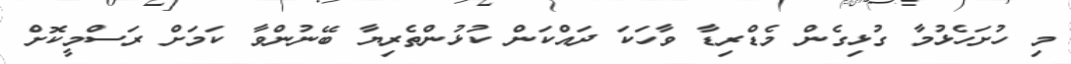
މި ހުށަހެޅުމާ ގުޅިގެން މެޑްރިޑާ ވާހަކަ ދައްކަން ކުޅުންތެރިޔާ ބޭނުންވާ ކަމަށް ރަސްމީކޮށް